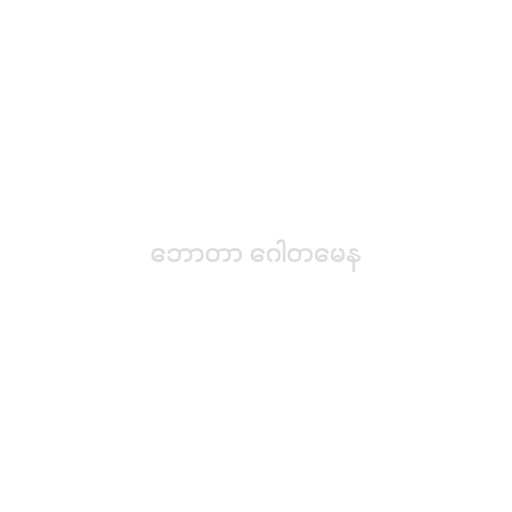
ဘောတာ ဂေါတမေန